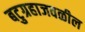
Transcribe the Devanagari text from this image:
बटुग्रहाजवळील